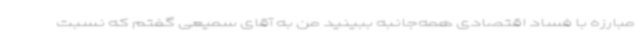
مبارزه با فساد اقتصادی همه‌جانبه ببینید من به آقای سمیعی گفتم که نسبت